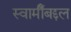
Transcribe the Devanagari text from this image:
स्वामीँबद्दल